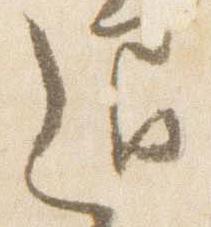
退